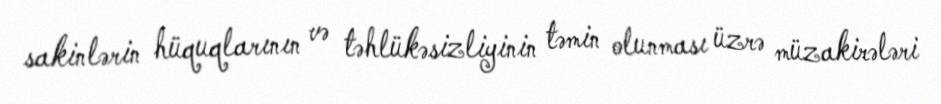
sakinlərin hüquqlarının və təhlükəsizliyinin təmin olunması üzrə müzakirələri